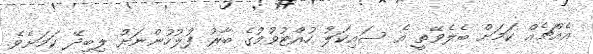
އެއްޗެއް ކަމަށް ބެލެވޭތީ އެ ސައިކަލު ހުއްޓުވުމުގެ ބާރު ފުލުހުންނަށް ލިބިދޭ ކަމަށެވެ.